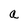
Character: a